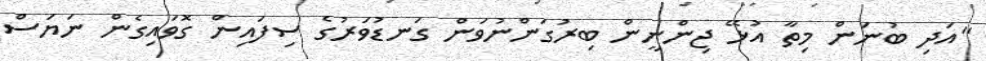
"އަދި ބުނަން މިތާ އުޅޭ ޖިންނީން ބިރުގަންނުވަން ގަނޑުވަރުގެ ސިފައިން ގޮވައިގެން ނަޔަސް